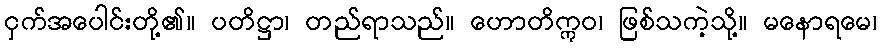
ငှက်အပေါင်းတို့၏။ ပတိဋ္ဌာ၊ တည်ရာသည်။ ဟောတိဣဝ၊ ဖြစ်သကဲ့သို့။ မနောရမေ၊